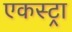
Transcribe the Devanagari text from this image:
एकस्ट्रा